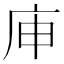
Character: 𰏳